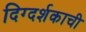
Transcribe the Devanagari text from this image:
दिग्दर्शकाची